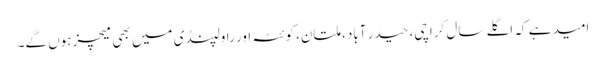
امید ہے کہ اگلے سال کراچی، حیدر آباد، ملتان، کوئٹہ اور راولپنڈی میں بھی میچز ہوں گے۔